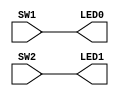
//------------------------------------------------------------------
//-- Test: Testing the pushbuttons sw1 and sw2. They are wired
//-- directly to led0 and led7 respectivelly
//------------------------------------------------------------------

module leds(input wire SW1,
            input wire SW2,
            output wire LED0,
            output wire LED1);

assign {LED0, LED1} = {SW1, SW2};

endmodule